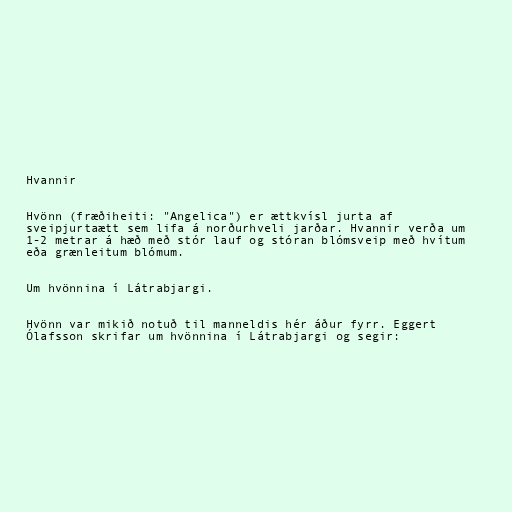
Hvannir

Hvönn (fræðiheiti: "Angelica") er ættkvísl jurta af
sveipjurtaætt sem lifa á norðurhveli jarðar. Hvannir verða um
1-2 metrar á hæð með stór lauf og stóran blómsveip með hvítum
eða grænleitum blómum.

Um hvönnina í Látrabjargi.

Hvönn var mikið notuð til manneldis hér áður fyrr. Eggert
Ólafsson skrifar um hvönnina í Látrabjargi og segir: